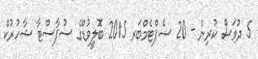
5 ދުވަސް ކުރިން - 20 ސެޕްޓެމްބަރ 2015 ބޮލީވުޑްގެ ސުޕާސްޓާ ޝާހުރުކް